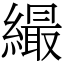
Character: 繓